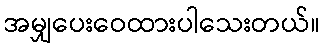
အမျှပေးဝေထားပါသေးတယ်။